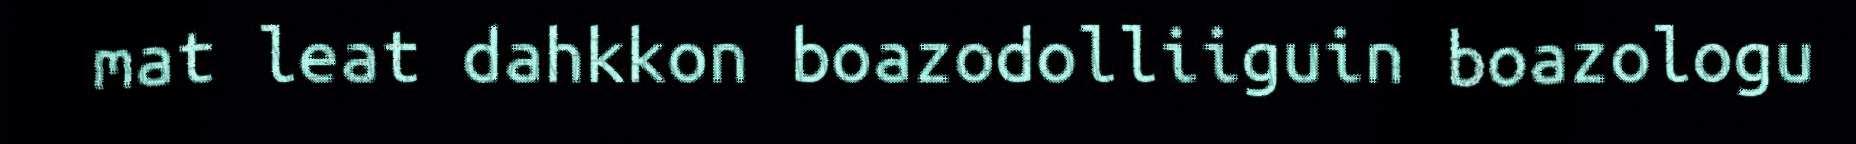
mat leat dahkkon boazodolliiguin boazologu